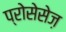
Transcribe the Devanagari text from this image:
प्रोसेसेज़